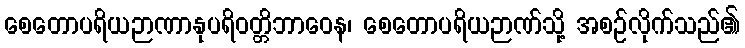
စေတောပရိယဉာဏာနုပရိဝတ္တိဘာဝေန၊ စေတောပရိယဉာဏ်သို့ အစဉ်လိုက်သည်၏